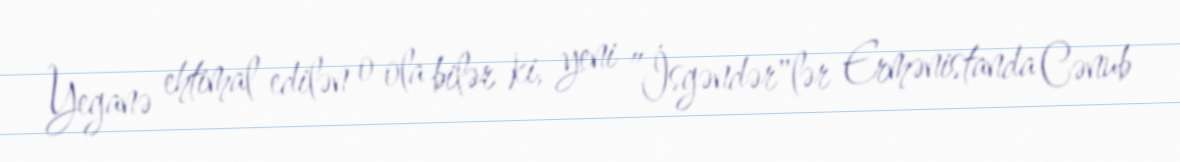
Yeganə ehtimal edilən o ola bilər ki, yeni ”İsgəndər"lər Ermənistanda Cənub